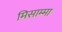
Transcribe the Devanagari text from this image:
मिसाम्मा